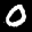
Label: 0